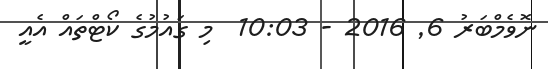
ނޮވެމްބަރު 6